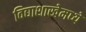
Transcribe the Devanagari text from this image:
विद्याशाखेमध्ये